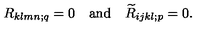
R _ { k l m n ; q } = 0 \quad \mathrm { a n d } \quad \widetilde { R } _ { i j k l ; p } = 0 .